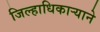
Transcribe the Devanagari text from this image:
जिल्हाधिकाऱ्याने